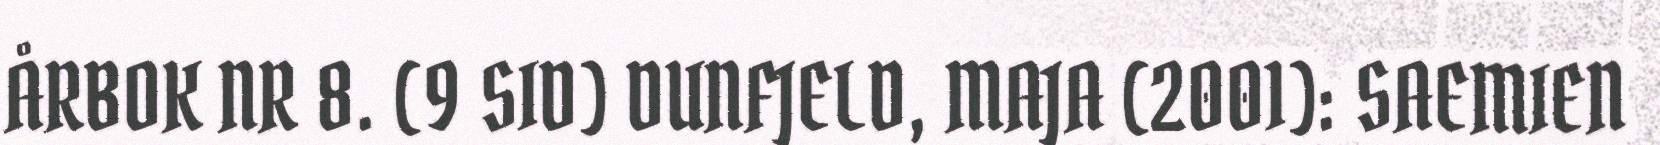
ÅRBOK NR 8. (9 SID) DUNFJELD, MAJA (2001): SAEMIEN